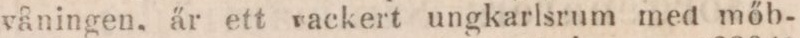
våningen. är ett vackert ungkarlsrum med mőb-